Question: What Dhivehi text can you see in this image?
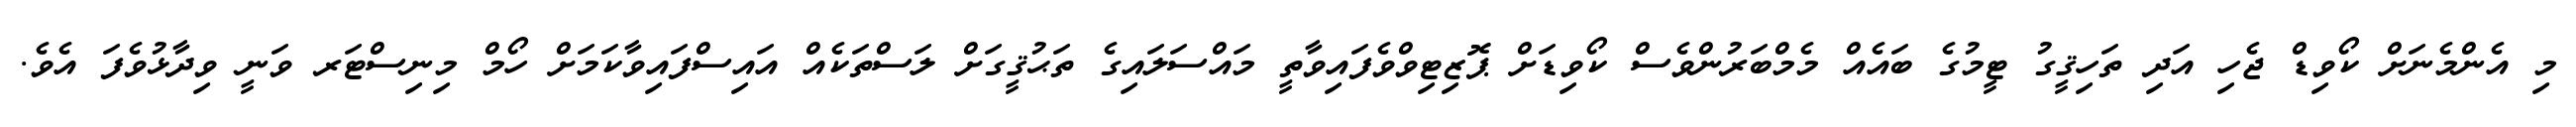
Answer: މި އެންމެނަށް ކޯވިޑް ޖެހި އަދި ތަހިޤީގު ޓީމުގެ ބައެއް މެމްބަރުންވެސް ކޯވިޑަށް ޕޮޒިޓިވްވެފައިވާތީ މައްސަލައިގެ ތަޙުޤީގަށް ލަސްތަކެއް އައިސްފައިވާކަމަށް ހޯމް މިނިސްޓަރ ވަނީ ވިދާޅުވެފަ އެވެ.